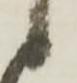
々